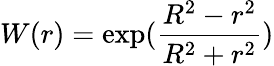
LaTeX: W(r)=\exp(\frac{R^{2}-r^{2}}{R^{2}+r^{2}})